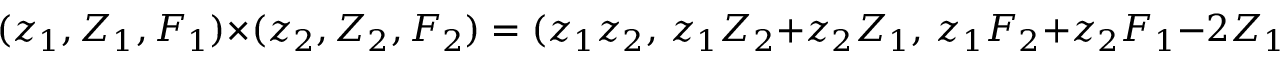
( z _ { 1 } , { \cal Z } _ { 1 } , { \cal F } _ { 1 } ) \times ( z _ { 2 } , { \cal Z } _ { 2 } , { \cal F } _ { 2 } ) = ( z _ { 1 } z _ { 2 } , \, z _ { 1 } { \cal Z } _ { 2 } + z _ { 2 } { \cal Z } _ { 1 } , \, z _ { 1 } { \cal F } _ { 2 } + z _ { 2 } { \cal F } _ { 1 } - 2 { \cal Z } _ { 1 } { \cal Z } _ { 2 } ) .